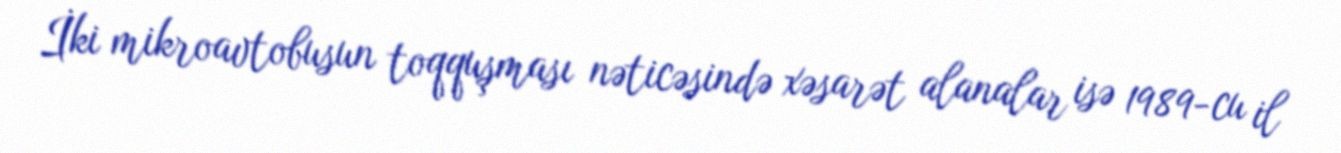
İki mikroavtobusun toqquşması nəticəsində xəsarət alanalar isə 1989-cu il